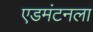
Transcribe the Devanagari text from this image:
एडमंटनला